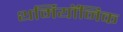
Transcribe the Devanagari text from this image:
थर्मियॉनिक